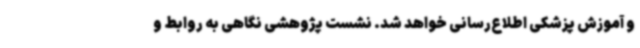
و آموزش پزشکی اطلاع‌رسانی خواهد شد. نشست پژوهشی نگاهی به روابط و